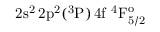
\mathrm { 2 s ^ { 2 } \, 2 p ^ { 2 } ( ^ { 3 } P ) \, 4 f ~ ^ { 4 } F _ { 5 / 2 } ^ { o } }